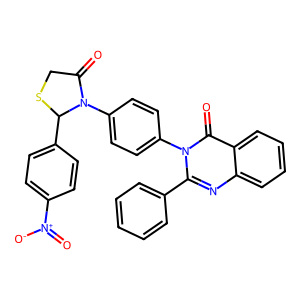
SMILES: O=C1CSC(c2ccc([N+](=O)[O-])cc2)N1c1ccc(-n2c(-c3ccccc3)nc3ccccc3c2=O)cc1
Inhibits HIV replication: No